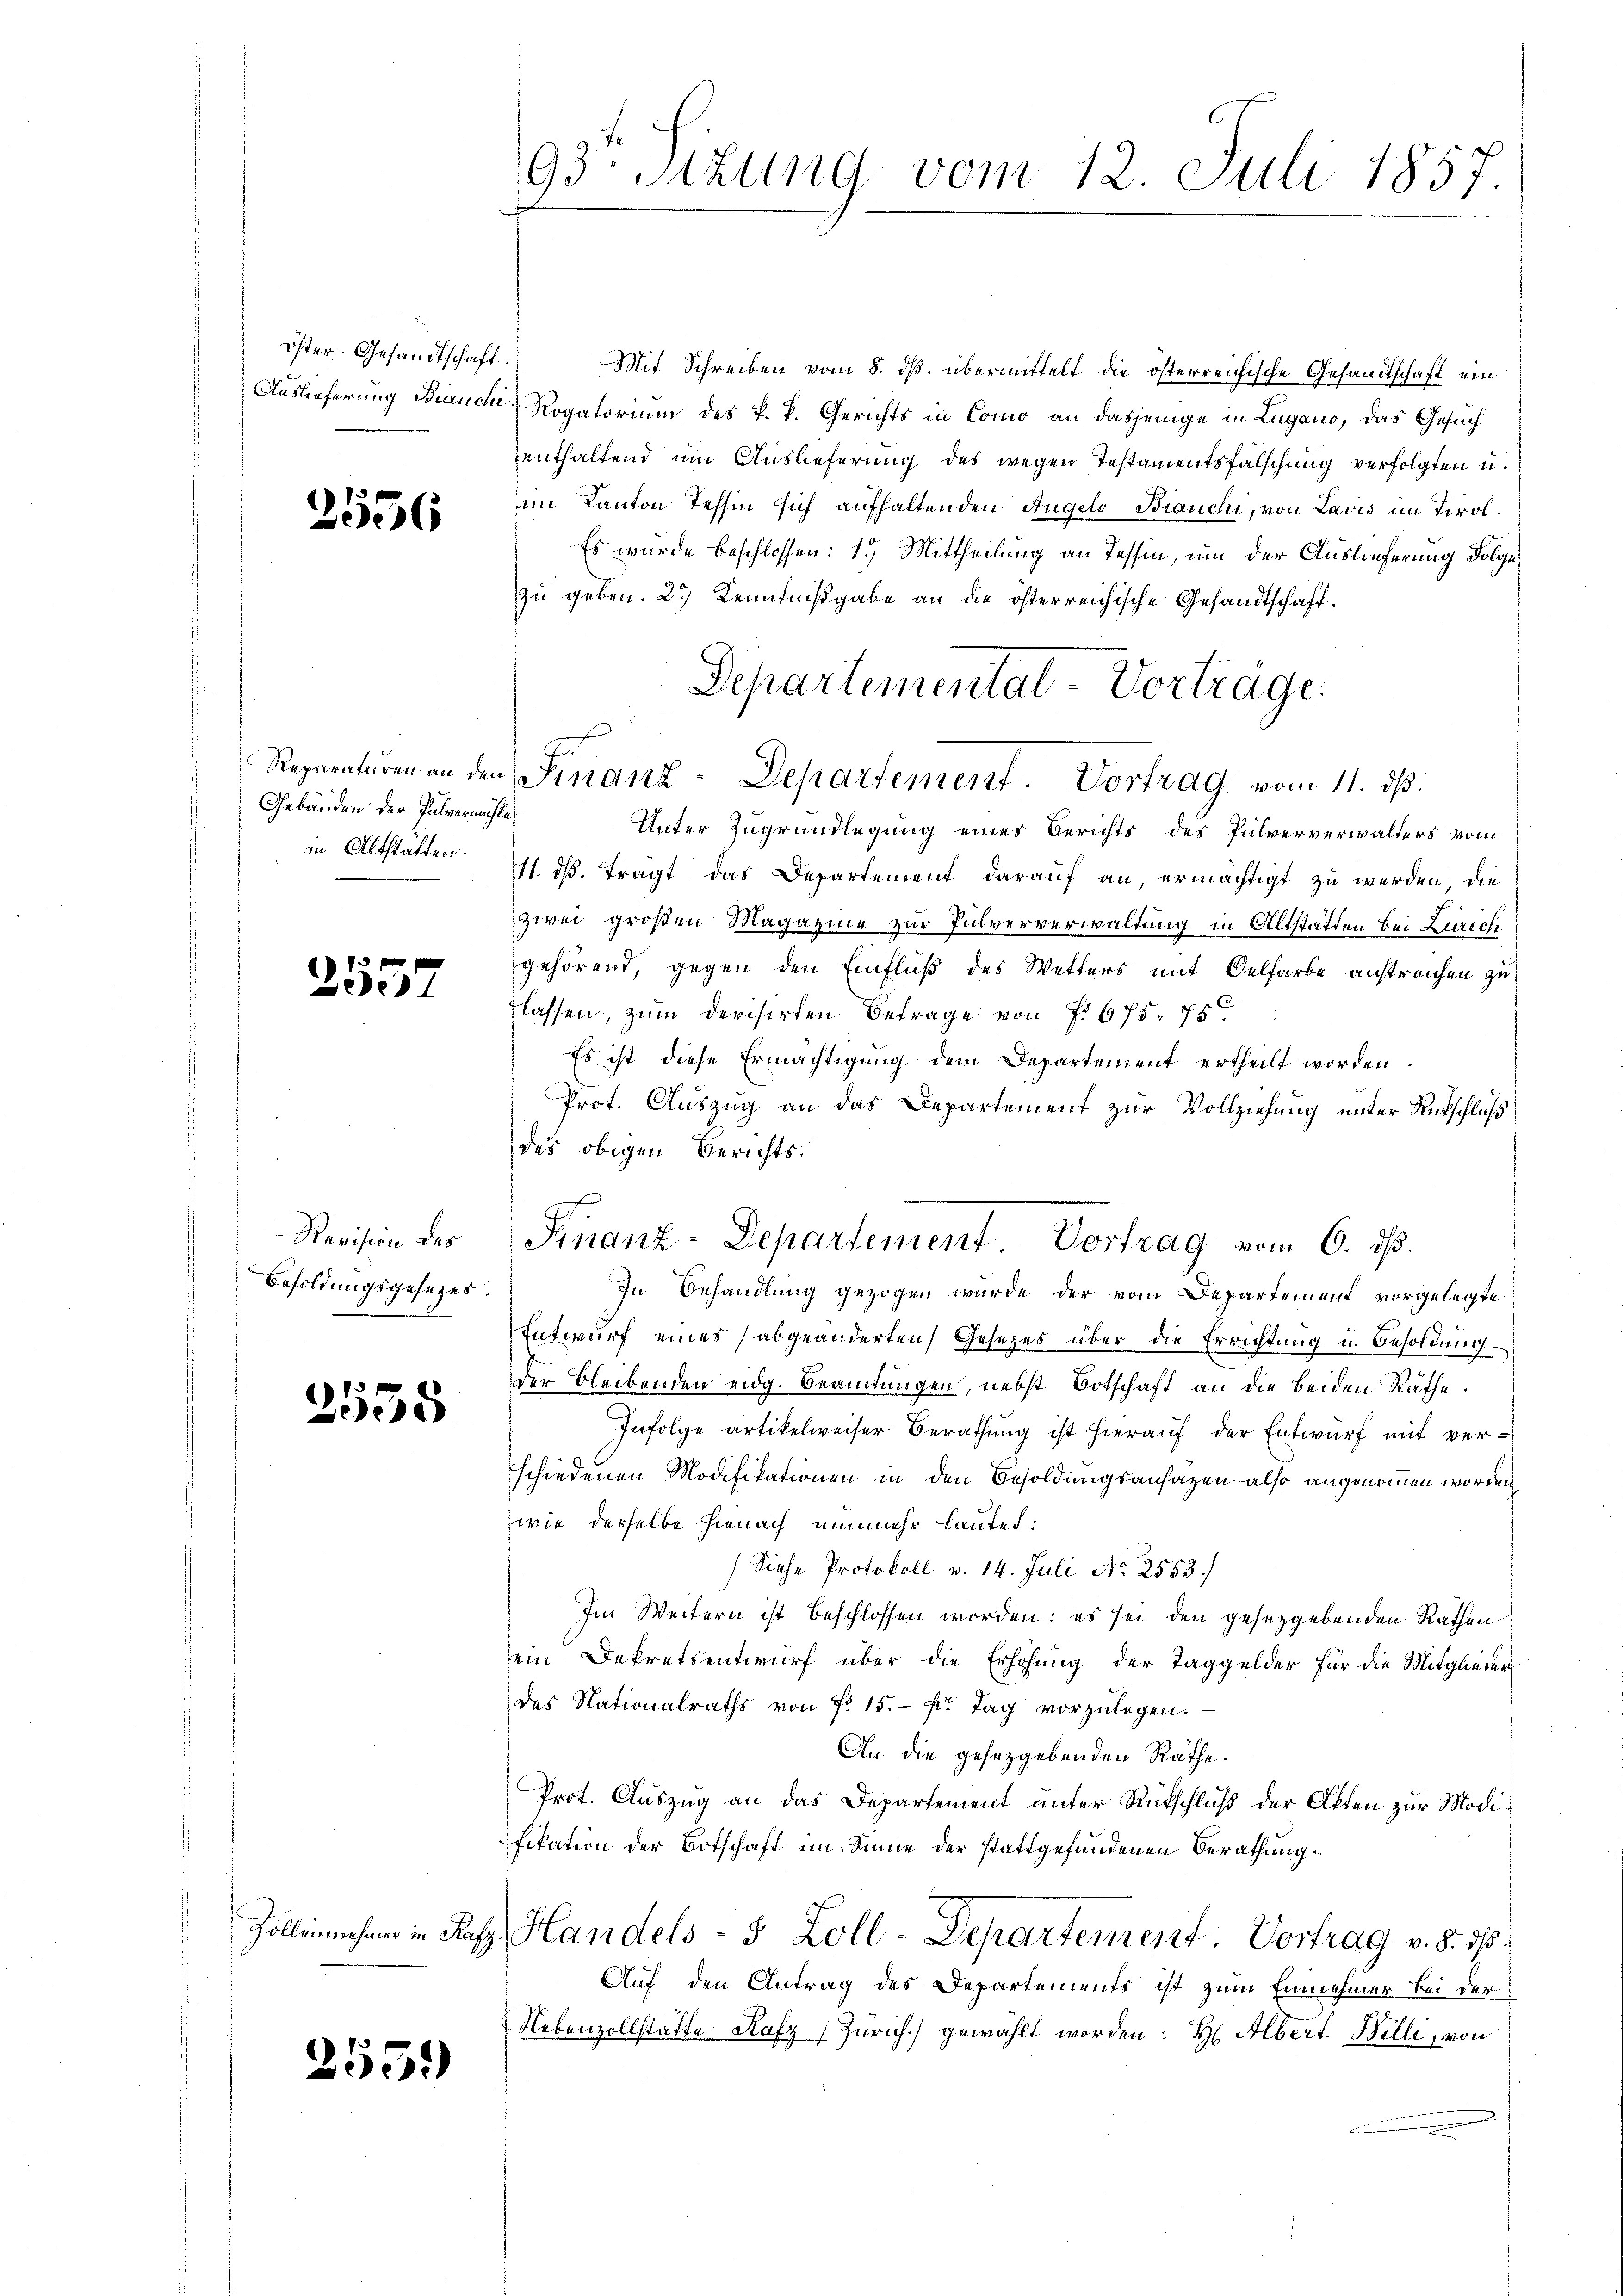
2556

Gebäuden der Pulvermühle
in Altstätten.

2557

Revision des
Besoldungsgesezes.

2555

Zolleinehmer in Rafz

2559)

93. Sitzung vom 12. Juli 1857.

öster. Gesandtschaft. Mit Schreiben vom 8. dβ. übermittelt die österreichische Gesandtschaft ein
Auslieferung Braucht, Rogatorium des k. k. Gerichts in Como an dasjenige in Lugano, das Gesuch
enthaltend um Auslieferung des wegen Testamentsfalschung verfolgten u.
im Kanton Tessin sich aufhaltenden Angelo Bianchi, von Lavis im Tirol.
Es wurde beschlossen: 1.) Mittheilung an Tessin, um der Auslieferung Folgezu geben. 2.) Kenntnißgabe an die österreichische Gesandtschaft.
Unter Zugrundlegung eines Berichts des Pulververwalters vom
11. dß. trägt das Departement darauf an, ermächtigt zu werden, die
zwei großen Magazine zur Pulververwaltung in Altstatten bei Zürich
gehörend, gegen den Einfluß des Wetters mit Oelfarbe anstreichen zu
lassen, zum Devisirten Betrage von f. 675. 75
Es ist diese Ermächtigung dem Departement ertheilt worden.
Prot. Auszug an das Departement zur Vollziehung unter Rutschluß
des obigen Berichts.
In Behandlung gezogen wurde der vom Departement vorgelegte
Entwurf eines abgeänderten Gesezes über die Errichtung u. Besoldung
der bleibenden eidg. Beamtungen, nebst Botschaft an die beiden Räthe.
Infolge artikelweiser Berathung ist hierauf der Entwurf mit verschiedenen Modifikationen in den Besoldungsansazen also angenommen worden,
wie derselbe hienach nunmehr lautet:
(Siehe Protokoll v. 14. Juli No 2553.
Im Weitern ist beschlossen worden: es sei den gesetzgebenden Rathen
ein Dekretsentwurf über die Erhöhung der Taggelder für die Mitglieder
des Nationalraths von Fr. 15. pr. Tag vorzŭlegen.
An die gesetzgebenden Räthe.
Prot. Auszug an das Departement unter Rükschluß der Akten zur Modifikation der Botschaft im Sinne der stattgefundenen Berathungz. Handels- 5 Zoll-Departement. Vortrag v. §. 16.
Auf den Antrag des Departements ist zum Einnehmer bei der
Nebenzollstätte Rafz (Zürich) gewählt worden: H Albert Billi, von

Departemental-Vorträge.
Reparaturen an den Finanz-Departement. Vortrag vom 11. ds.

Finanz-Departement. Vortrag vom 6. ds.